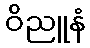
ဝိညူနံ